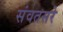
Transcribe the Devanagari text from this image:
संवतसरे